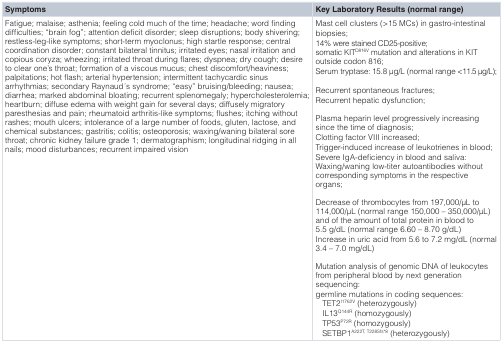
<table><thead><tr><td><b>Symptoms</b></td><td><b>Key Laboratory Results (normal range)</b></td></tr></thead><tbody><tr><td>Fatigue; malaise; asthenia; feeling cold much of the time; headache; word findingdifficulties; “brain fog”; attention deficit disorder; sleep disruptions; body shivering;restless-leg-like symptoms; short-term myoclonus; high startle response; centralcoordination disorder; constant bilateral tinnitus; irritated eyes; nasal irritation andcopious coryza; wheezing; irritated throat during flares; dyspnea; dry cough; desireto clear one's throat; formation of a viscous mucus; chest discomfort/heaviness;palpitations; hot flash; arterial hypertension; intermittent tachycardic sinusarrhythmias; secondary Raynaud ́s syndrome; “easy” bruising/bleeding; nausea;diarrhea; marked abdominal bloating; recurrent splenomegaly; hypercholesterolemia;heartburn; diffuse edema with weight gain for several days; diffusely migratoryparesthesias and pain; rheumatoid arthritis-like symptoms; flushes; itching withoutrashes; mouth ulcers; intolerance of a large number of foods, gluten, lactose, andchemical substances; gastritis; colitis; osteoporosis; waxing/waning bilateral sorethroat; chronic kidney failure grade 1; dermatographism; longitudinal ridging in allnails; mood disturbances; recurrent impaired vision</td><td>Mast cell clusters (&gt;15 MCs) in gastro-intestinalbiopsies;14% were stained CD25-positive;somatic KIT<sup>D816V</sup> mutation and alterations in KIToutside codon 816;Serum tryptase: 15.8 μg/L (normal range &lt;11.5 μg/L);Recurrent spontaneous fractures;Recurrent hepatic dysfunction;Plasma heparin level progressively increasingsince the time of diagnosis;Clotting factor VIII increased;Trigger-induced increase of leukotrienes in blood;Severe IgA-deficiency in blood and saliva:Waxing/waning low-titer autoantibodies withoutcorresponding symptoms in the respectiveorgans;Decrease of thrombocytes from 197,000/μL to114,000/μL (normal range 150,000 – 350,000/μL)and of the amount of total protein in blood to5.5 g/dL (normal range 6.60 – 8.70 g/dL)Increase in uric acid from 5.6 to 7.2 mg/dL(normal 3.4 – 7.0 mg/dL)Mutation analysis of genomic DNA of leukocytesfrom peripheral blood by next generationsequencing:germline mutations in coding sequences:TET2<sup>I1762V</sup> (heterozygously)IL13<sup>Q144R</sup> (homozygously)TP53<sup>P72R</sup> (homozygously)SETBP1<sup>A222T, T228Sfs*8</sup> (heterozygously)</td></tr></tbody></table>